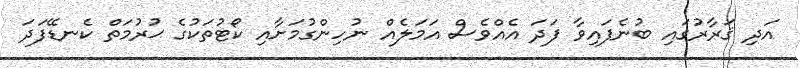
އަދި ޤަރާރުގައި ބުނެފައިވާ ފަދަ އެއްވެސް އަމަލެއް ނުހިންގުމަށާއި ކޯޓުތަކުގެ ޙުރުމަތް ކެނޑޭފަދަ